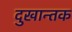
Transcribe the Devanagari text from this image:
दुखान्तक